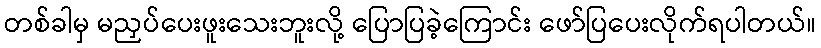
တစ်ခါမှ မညှပ်ပေးဖူးသေးဘူးလို့ ပြောပြခဲ့ကြောင်း ဖော်ပြပေးလိုက်ရပါတယ်။